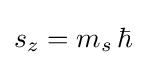
s_{z}=m_{s}\,\hbar